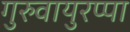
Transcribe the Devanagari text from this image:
गुरुवायुरप्पा